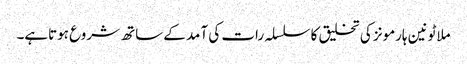
ملاٹونین ہارمونز کی تخلیق کا سلسلہ رات کی آمد کے ساتھ شروع ہوتاہے۔